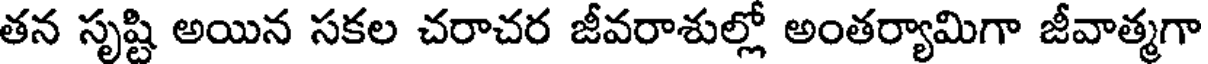
తన సృష్టి అయిన సకల చరాచర జీవరాశుల్లో అంతర్యామిగా జీవాత్మగా